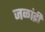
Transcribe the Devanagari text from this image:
जळांद्री